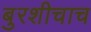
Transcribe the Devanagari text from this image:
बुरशीचाच